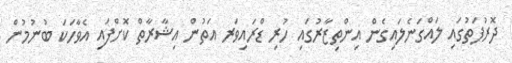
ދޮރުފަތުގައި ލައްގަނެލައިގެން އިންތިޒާރުގައި ހުރި ޑްރައިވަރ އަތުން އިޝާރާތް ކޮށްފައި އެވާހަކަ ބުނުމުން